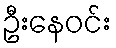
ဦးနေဝင်း